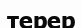
терер